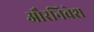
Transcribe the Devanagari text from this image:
औरनिवेश